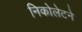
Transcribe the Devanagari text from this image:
निकोलेटने